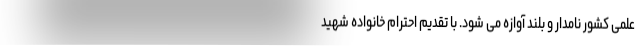
علمی کشور نامدار و بلند آوازه می شود. با تقدیم احترام خانواده شهید